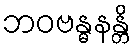
ဘဝဗန္ဓနန္တိ